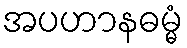
အပဟာနဓမ္မံ